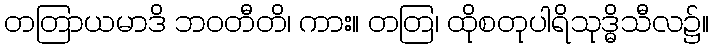
တတြာယမာဒိ ဘဝတီတိ၊ ကား။ တတြ၊ ထိုစတုပါရိသုဒ္ဓိသီလ၌။